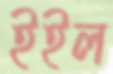
ইইল